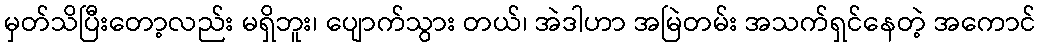
မှတ်သိပြီးတော့လည်း မရှိဘူး၊ ပျောက်သွား တယ်၊ အဲဒါဟာ အမြဲတမ်း အသက်ရှင်နေတဲ့ အကောင်